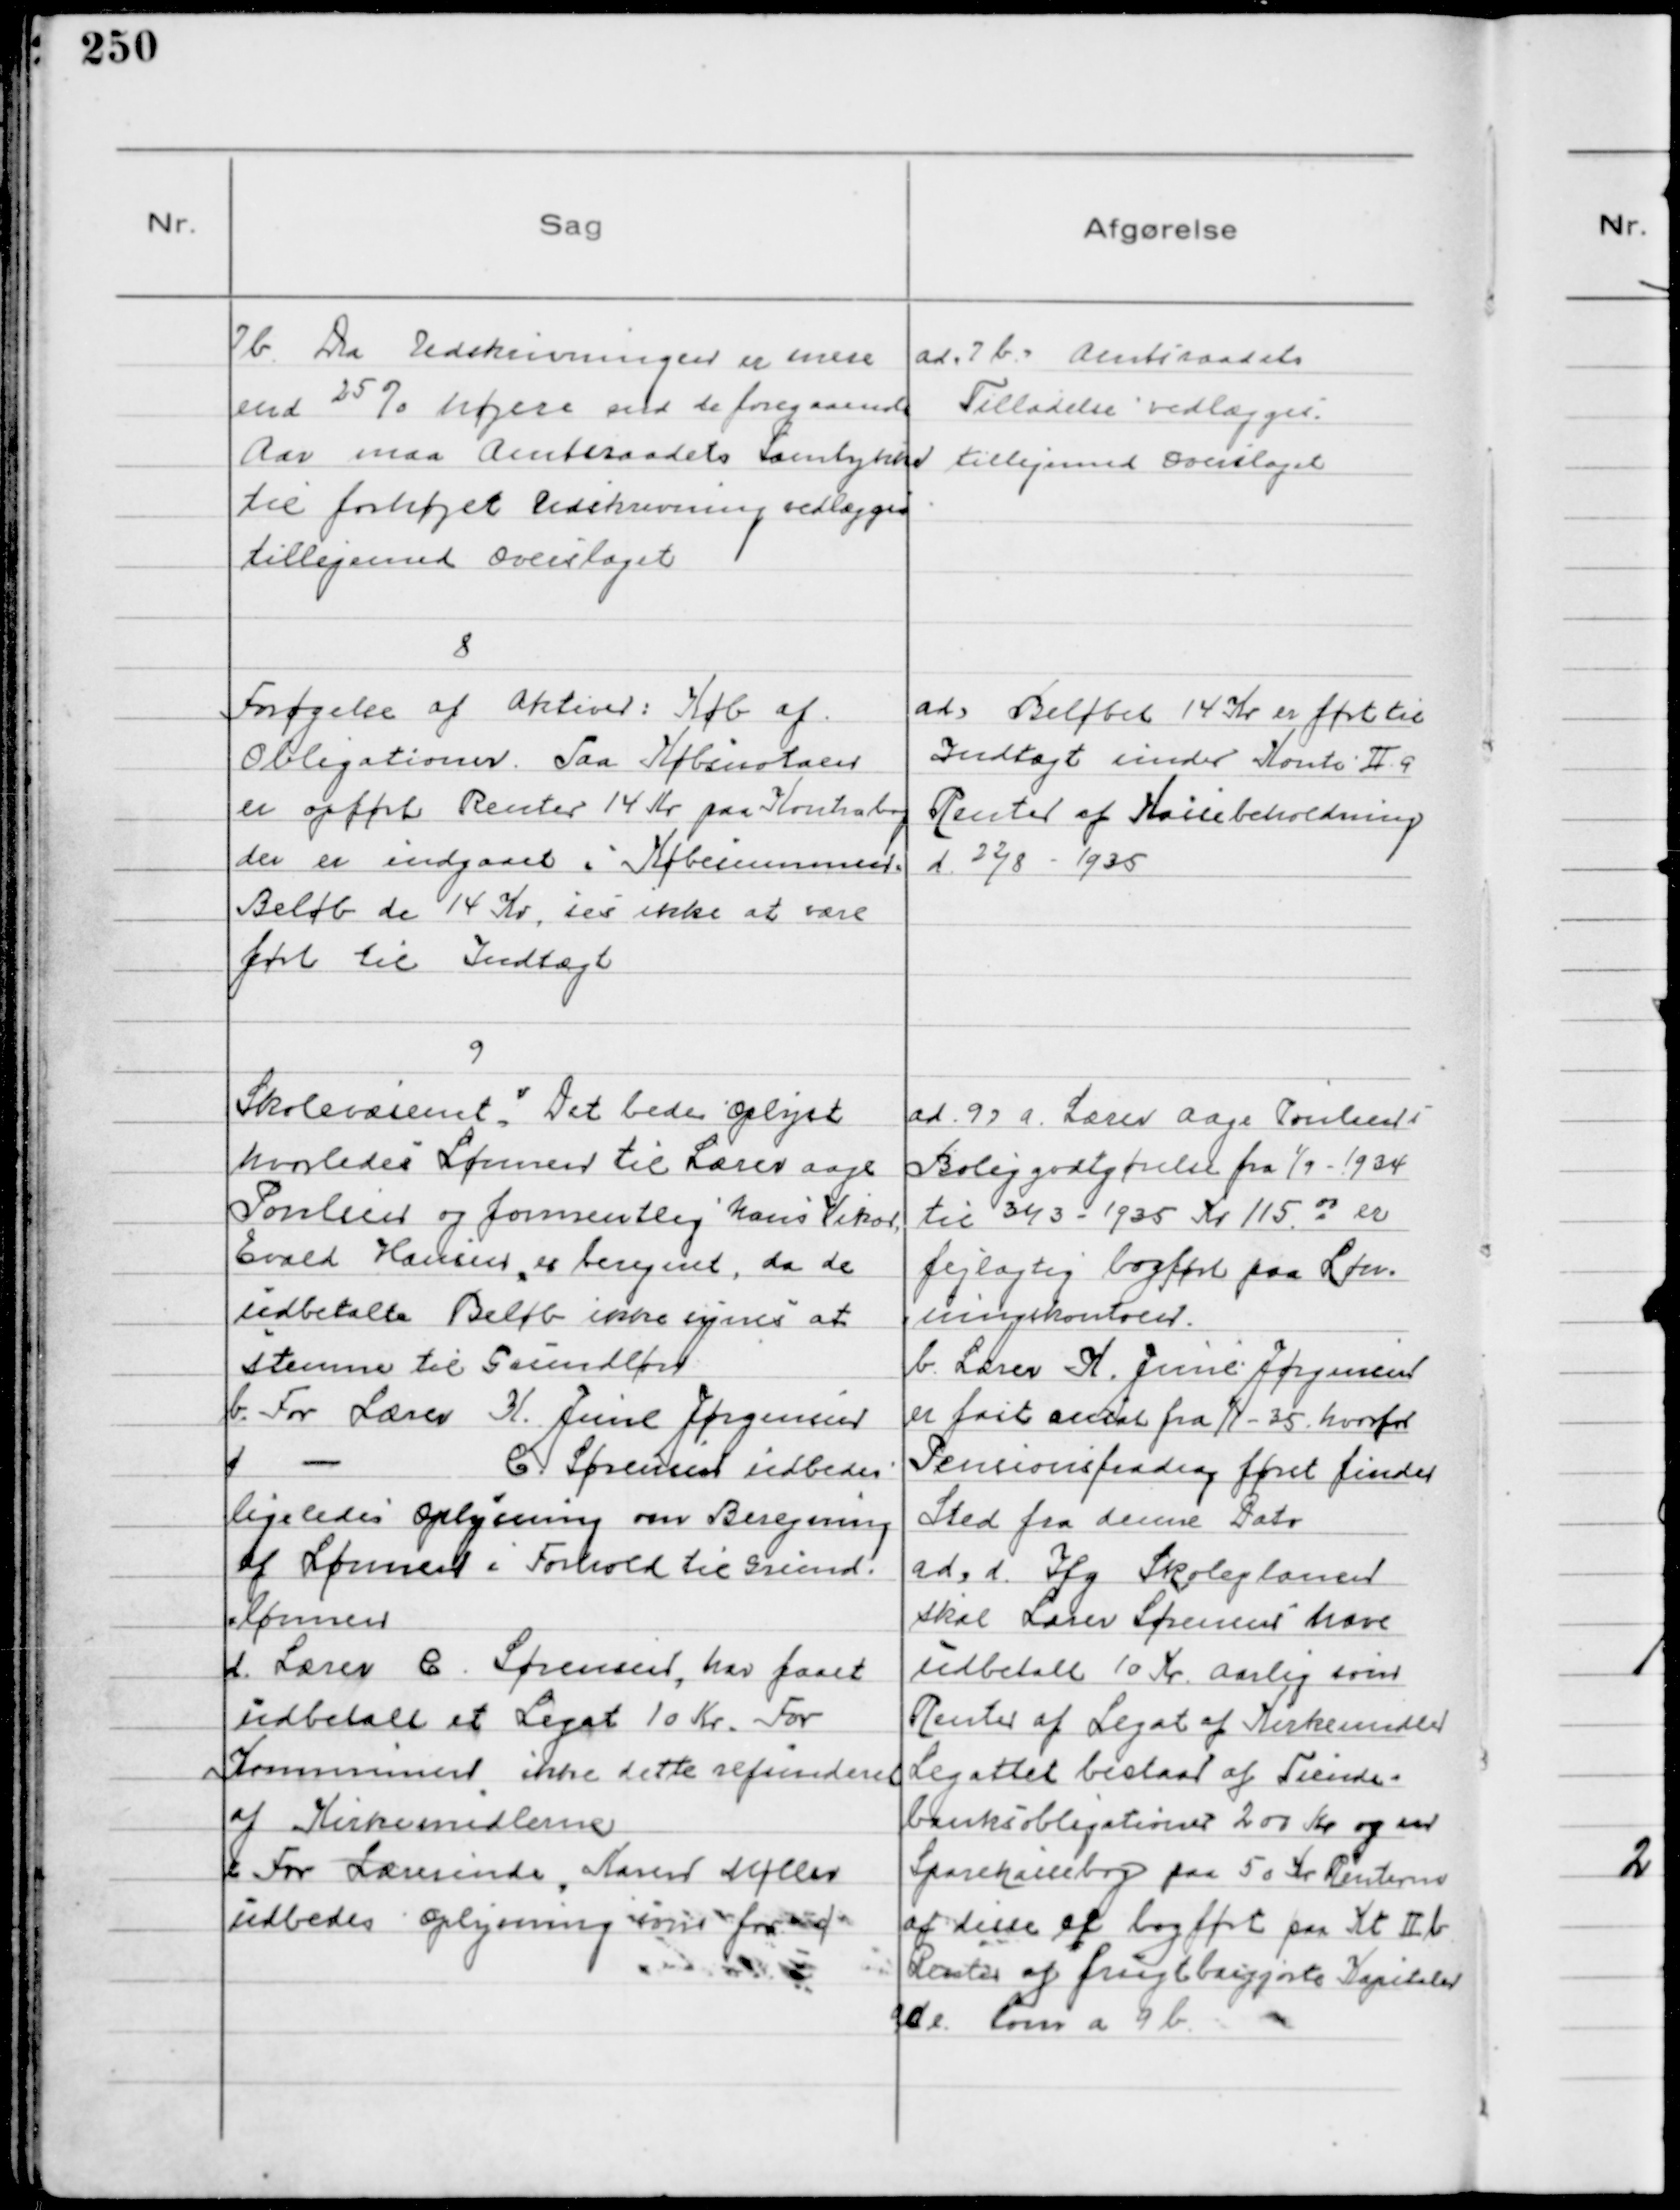
Transskription:
7b. Da Udskrivningen er mere
end 25% højere end de foregaaende
Aar maa Amtsraadets Samtykke
til forhøjet Udskrivning vedlægges
tilligemed Overslaget

Ad. 7b. Amtsraadets
Tilladelse vedlægges
tilligemed Overslaget

8
Forøgelse af Aktiver: Køb af
Obligationer. Paa Købsnotaen 
er opført Renter 14 Kr på Kontobog
der er indgaaet i Købesummen.
Beløb de 14 Kr, ses ikke at være
ført til Indtægt

Ad Beløbet 14 Kr er ført til
Indtægt under Konto II 9
Renter af Kassebeholdning
d. 22/8 - 1935

9
Skolevæsenet. Det bedes Oplyst
hvorledes Lønnen til Lærer Aage
Poulsen og formentlig hans Vikar
Evald Hansen er beregnet, da de
udbetalte Beløb ikke synes at
stemme til Grundløn
b. For Lærer K. Juul Jørgensen
c
-
C. Sørensen udbedes
ligeledes Oplysning om Beregning
af Lønnen i Forhold til Grund-
lønnen
d. Lærer C. Sørensen, har faaet
udbetalt et Legat 10 Kr. For 
Kommunen ikke dette refunderet
af Kirkemidlerne
e. For Lærerinde, Karen Møller
udbedes Oplysning som foran

Ad. 9a. Lærer Aage Poulsens
Boliggodtgørelse fra 1/9 - 1934
til 31/3 - 1935 Kr 115 00 er
fejlagtig bogført paa Løn-
ningskontoen.
b. Lærer K. Juul Jørgensen
er fast ansat fra 1/1 - 35 hvorfor
Pensionsfradrag først finder
Sted fra denne Dato
ad. d. Ifg Skoleplanen
skal Lærer Sørensen have
udbetalt 10 Kr Aarlig som
Renter af Legat af Kirkemidler
Legatet bestaar af Tiende-
banksobligationer 200 Kr og en
Sparekassebog paa 50 Kr Renterne
af disse er bogført paa Kt II b
Renter af frugtbargjorte Kapitaler
Ad e. Som a 9 b